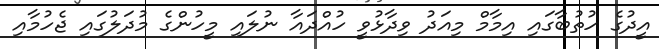
އީދުގެ ހުތުބާގައި އިމާމް މިއަދު ވިދާޅުވީ ހުއްދައާ ނުލައި މީހުންގެ މުދަލުގައި ޖެހުމާއި